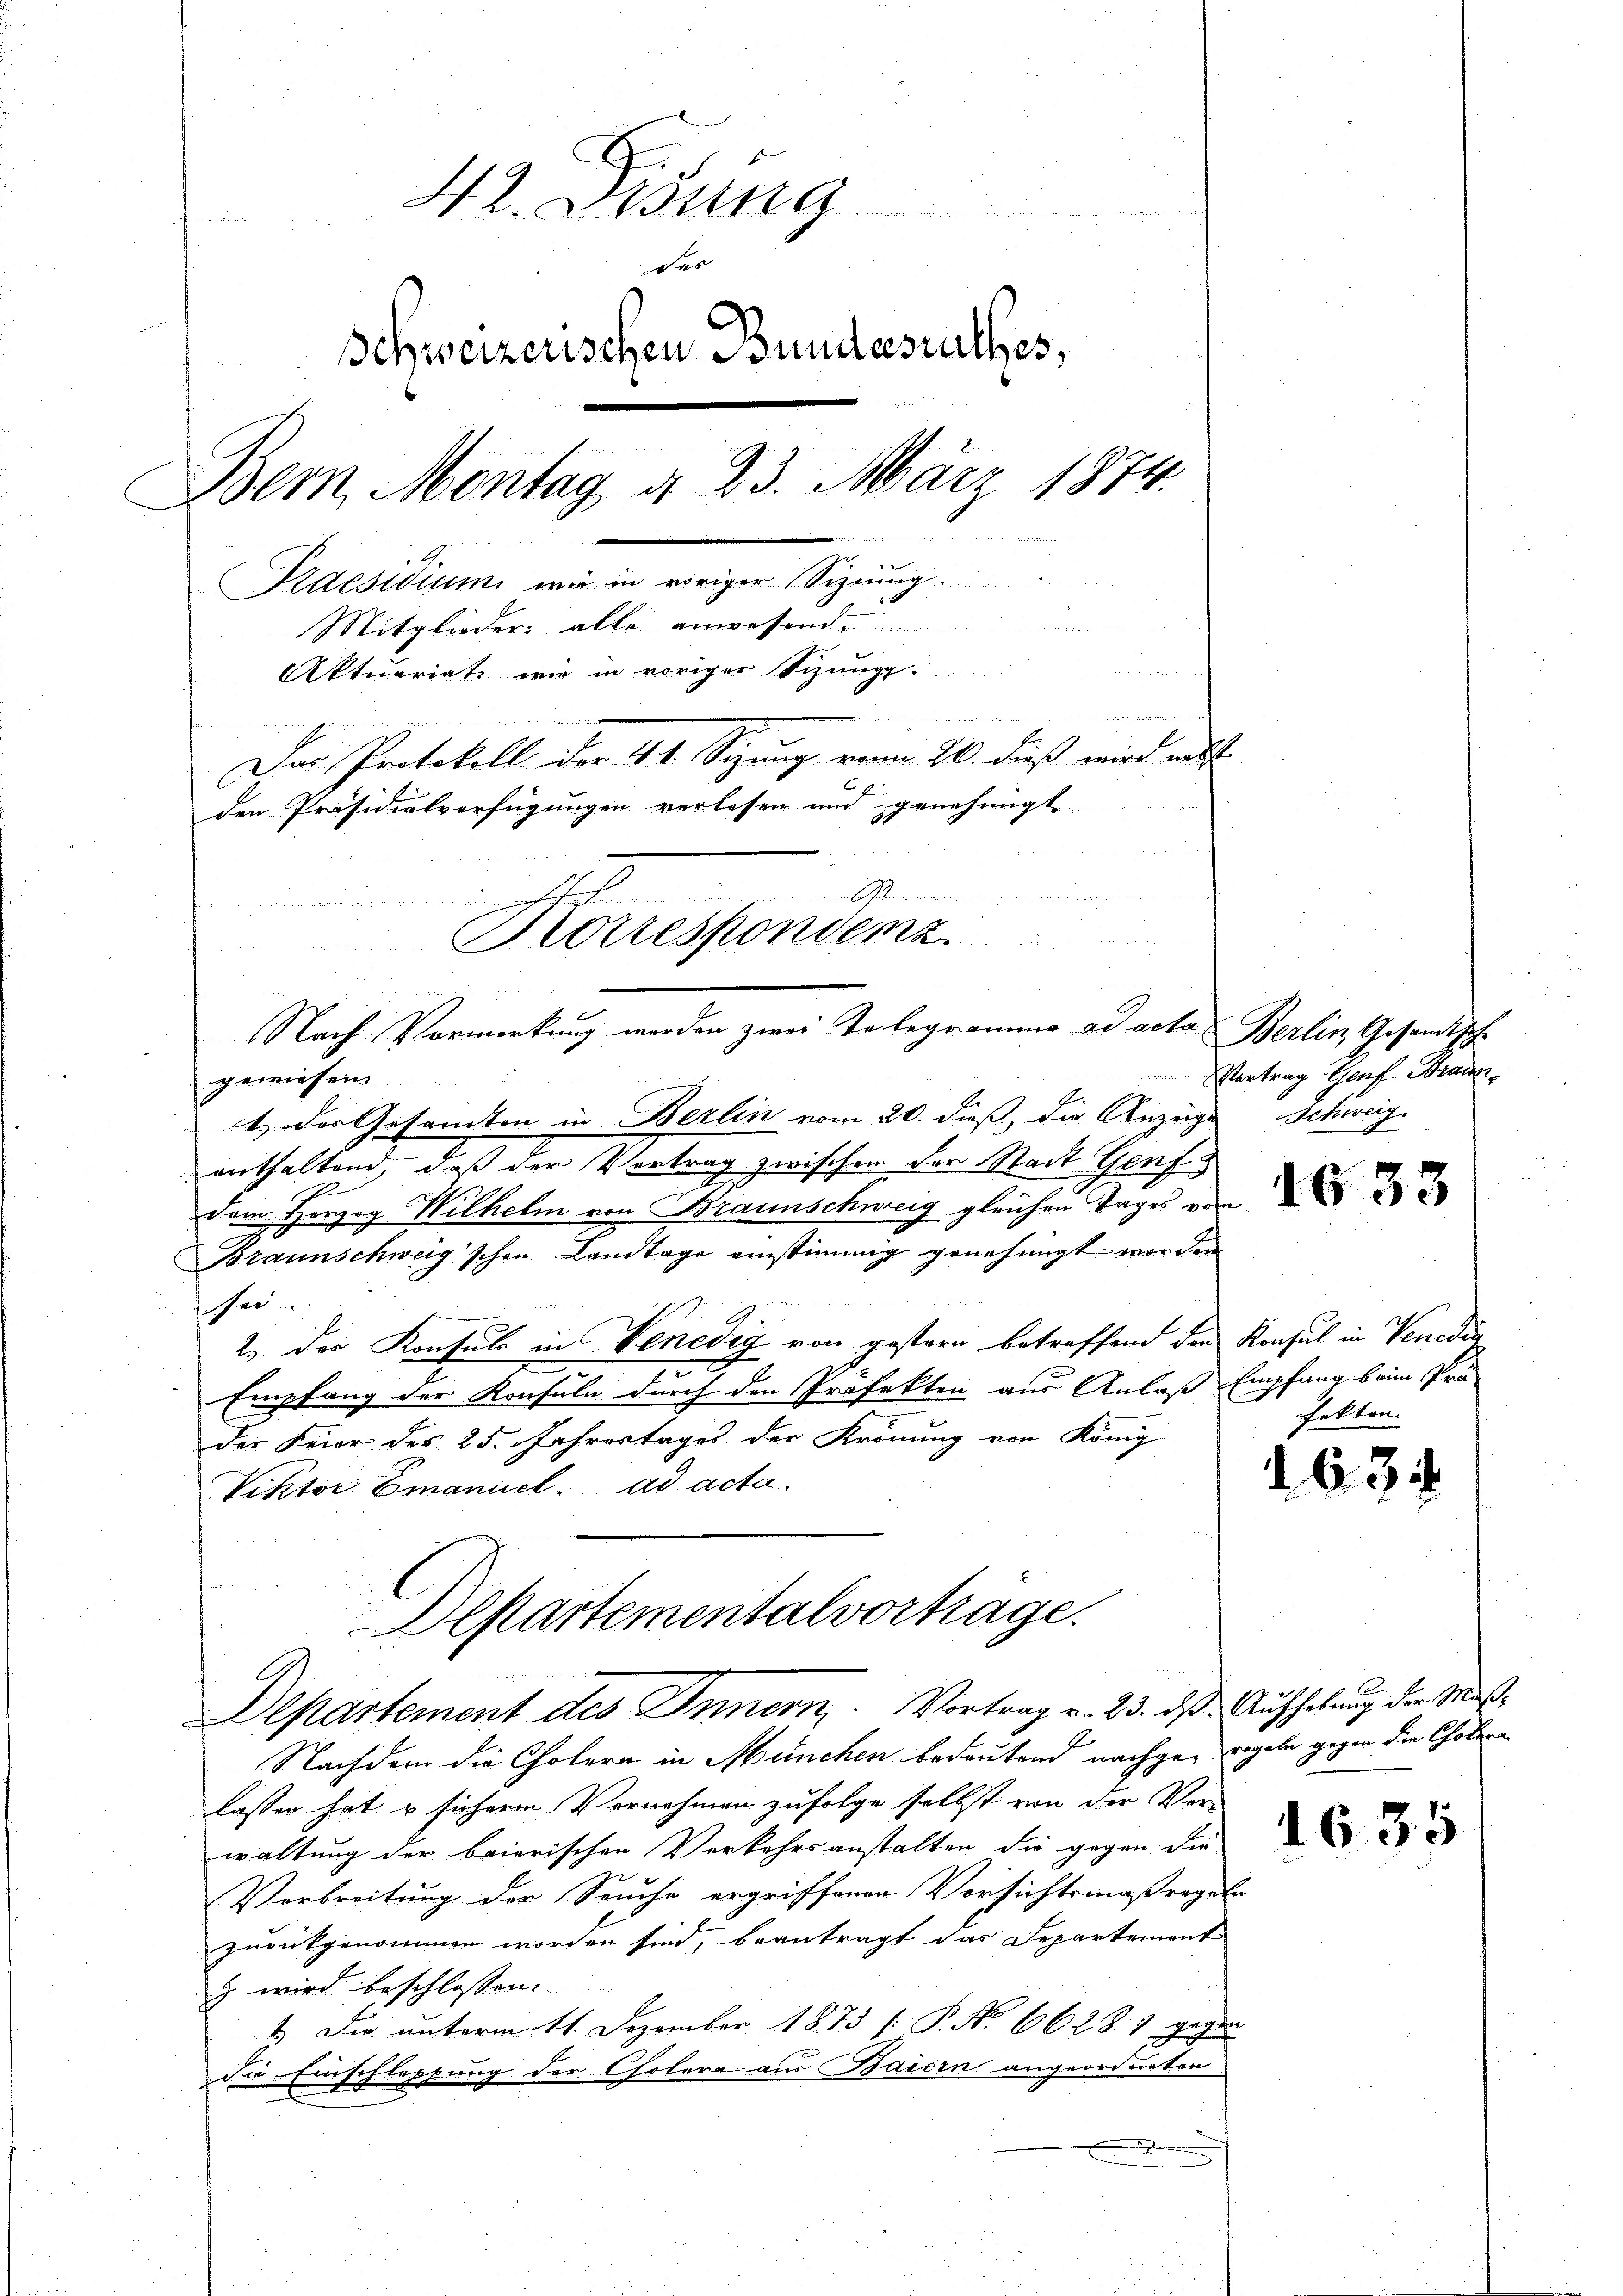
e
42. Opung
es
Schweizerischen Bundesrathes,
Bern, Montag d. 23. März 1874.
dien
Praesidium wie in voriger Sizung.
Mitglieder: alle anwesend.
Aktuariat wie in voriger Schungs-
Das Protokoll der 41. Sizung vom 20. daß wird mitt
den Präsidialverfügungen verlesen und genehmigt.
d

Borrespondenz
u

Nach Vormerkung werden zwei Telegramme ad acta Berlin Gesandtsch
gewiesen.

1.) Der Gesamten in Berlin vom 20. dieß, die Anzeige Schweiz
enthaltend, daß der Vertrag zwischen der Stadt Genf
Dem Herzog Wilhelm von Braunschweig gleichen Tages von
Braunschweig schon Landtage einstimmig genehmigt worden
er
2.) Der Konsuls in Venedig von gestern betreffend den Konsul in Venedig
Empfang der Konsuln durch den Präfekten aus Anlaß Empfang beim Prä-
der Feier des 25. Jahrestages der Krönung von König
Viktor Emanuel. ad acta.

Departementalvortrage.
g
Departement des Innern. Vortrag v. 23. dβ. Aufhebung der Maß¬

Vortrag Genf. Brann

Nachdem die Cholera in München bedeutend nachge- regeln gegen die Cholen
lassen hat u. sicherm Vernehmen zufolge selbst von der Ver-
waltung der baierischen Verkehrsanstalten die gegen die
Verbreitung der Seuche ergriffenen Vorsichtsmaßregeln
zurückgenommen worden sind, beantragt das Departement
 wird beschlossen. |
1. Die unterm 11. Dezember 1873 s. P. No 662. 81 gegen
Die Einschleppung der Cholera aus Baiern angeordneten

1633

fekten.

63

1635